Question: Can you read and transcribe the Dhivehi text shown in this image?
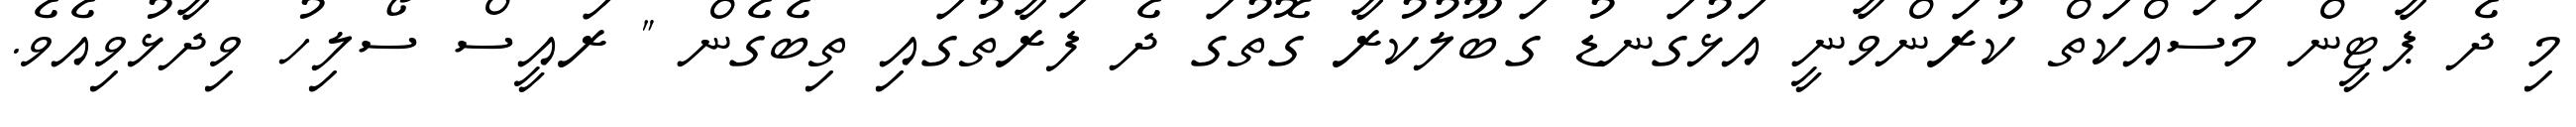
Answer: މި ދެ ޕާޓީން މަސައްކަތް ކުރަންވާނީ އަޅުގަނޑު ގަބޫލުކުރާ ގޮތުގަ ދެ ފަރާތުގައި ތިބެގެން " ރައީސް ސޯލިހު ވިދާޅުވިއެވެ.